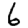
Digit: 6